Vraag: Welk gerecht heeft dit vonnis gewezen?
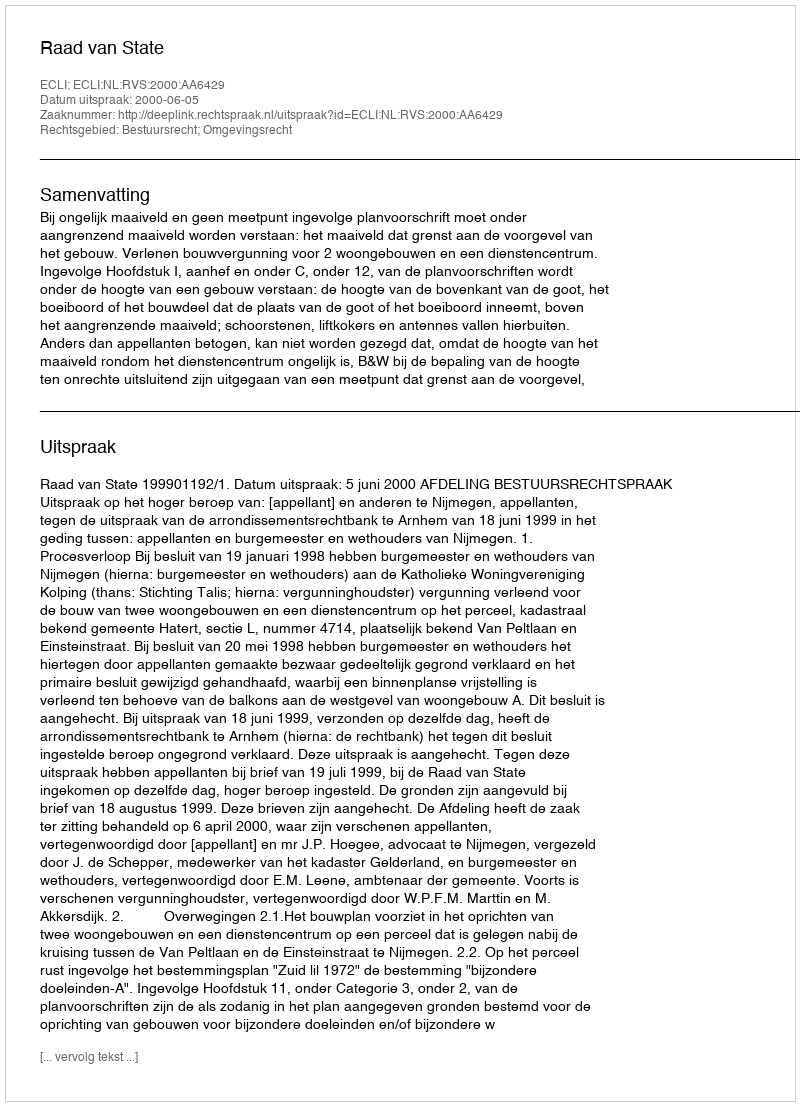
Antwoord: Raad van State